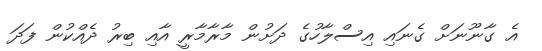
އެ ގާނޫނަށް ގެނައި އިސްލާހުގެ ދަށުން މާރާމާރީ އާއި ބިރު ދެއްކުން ފަދަ